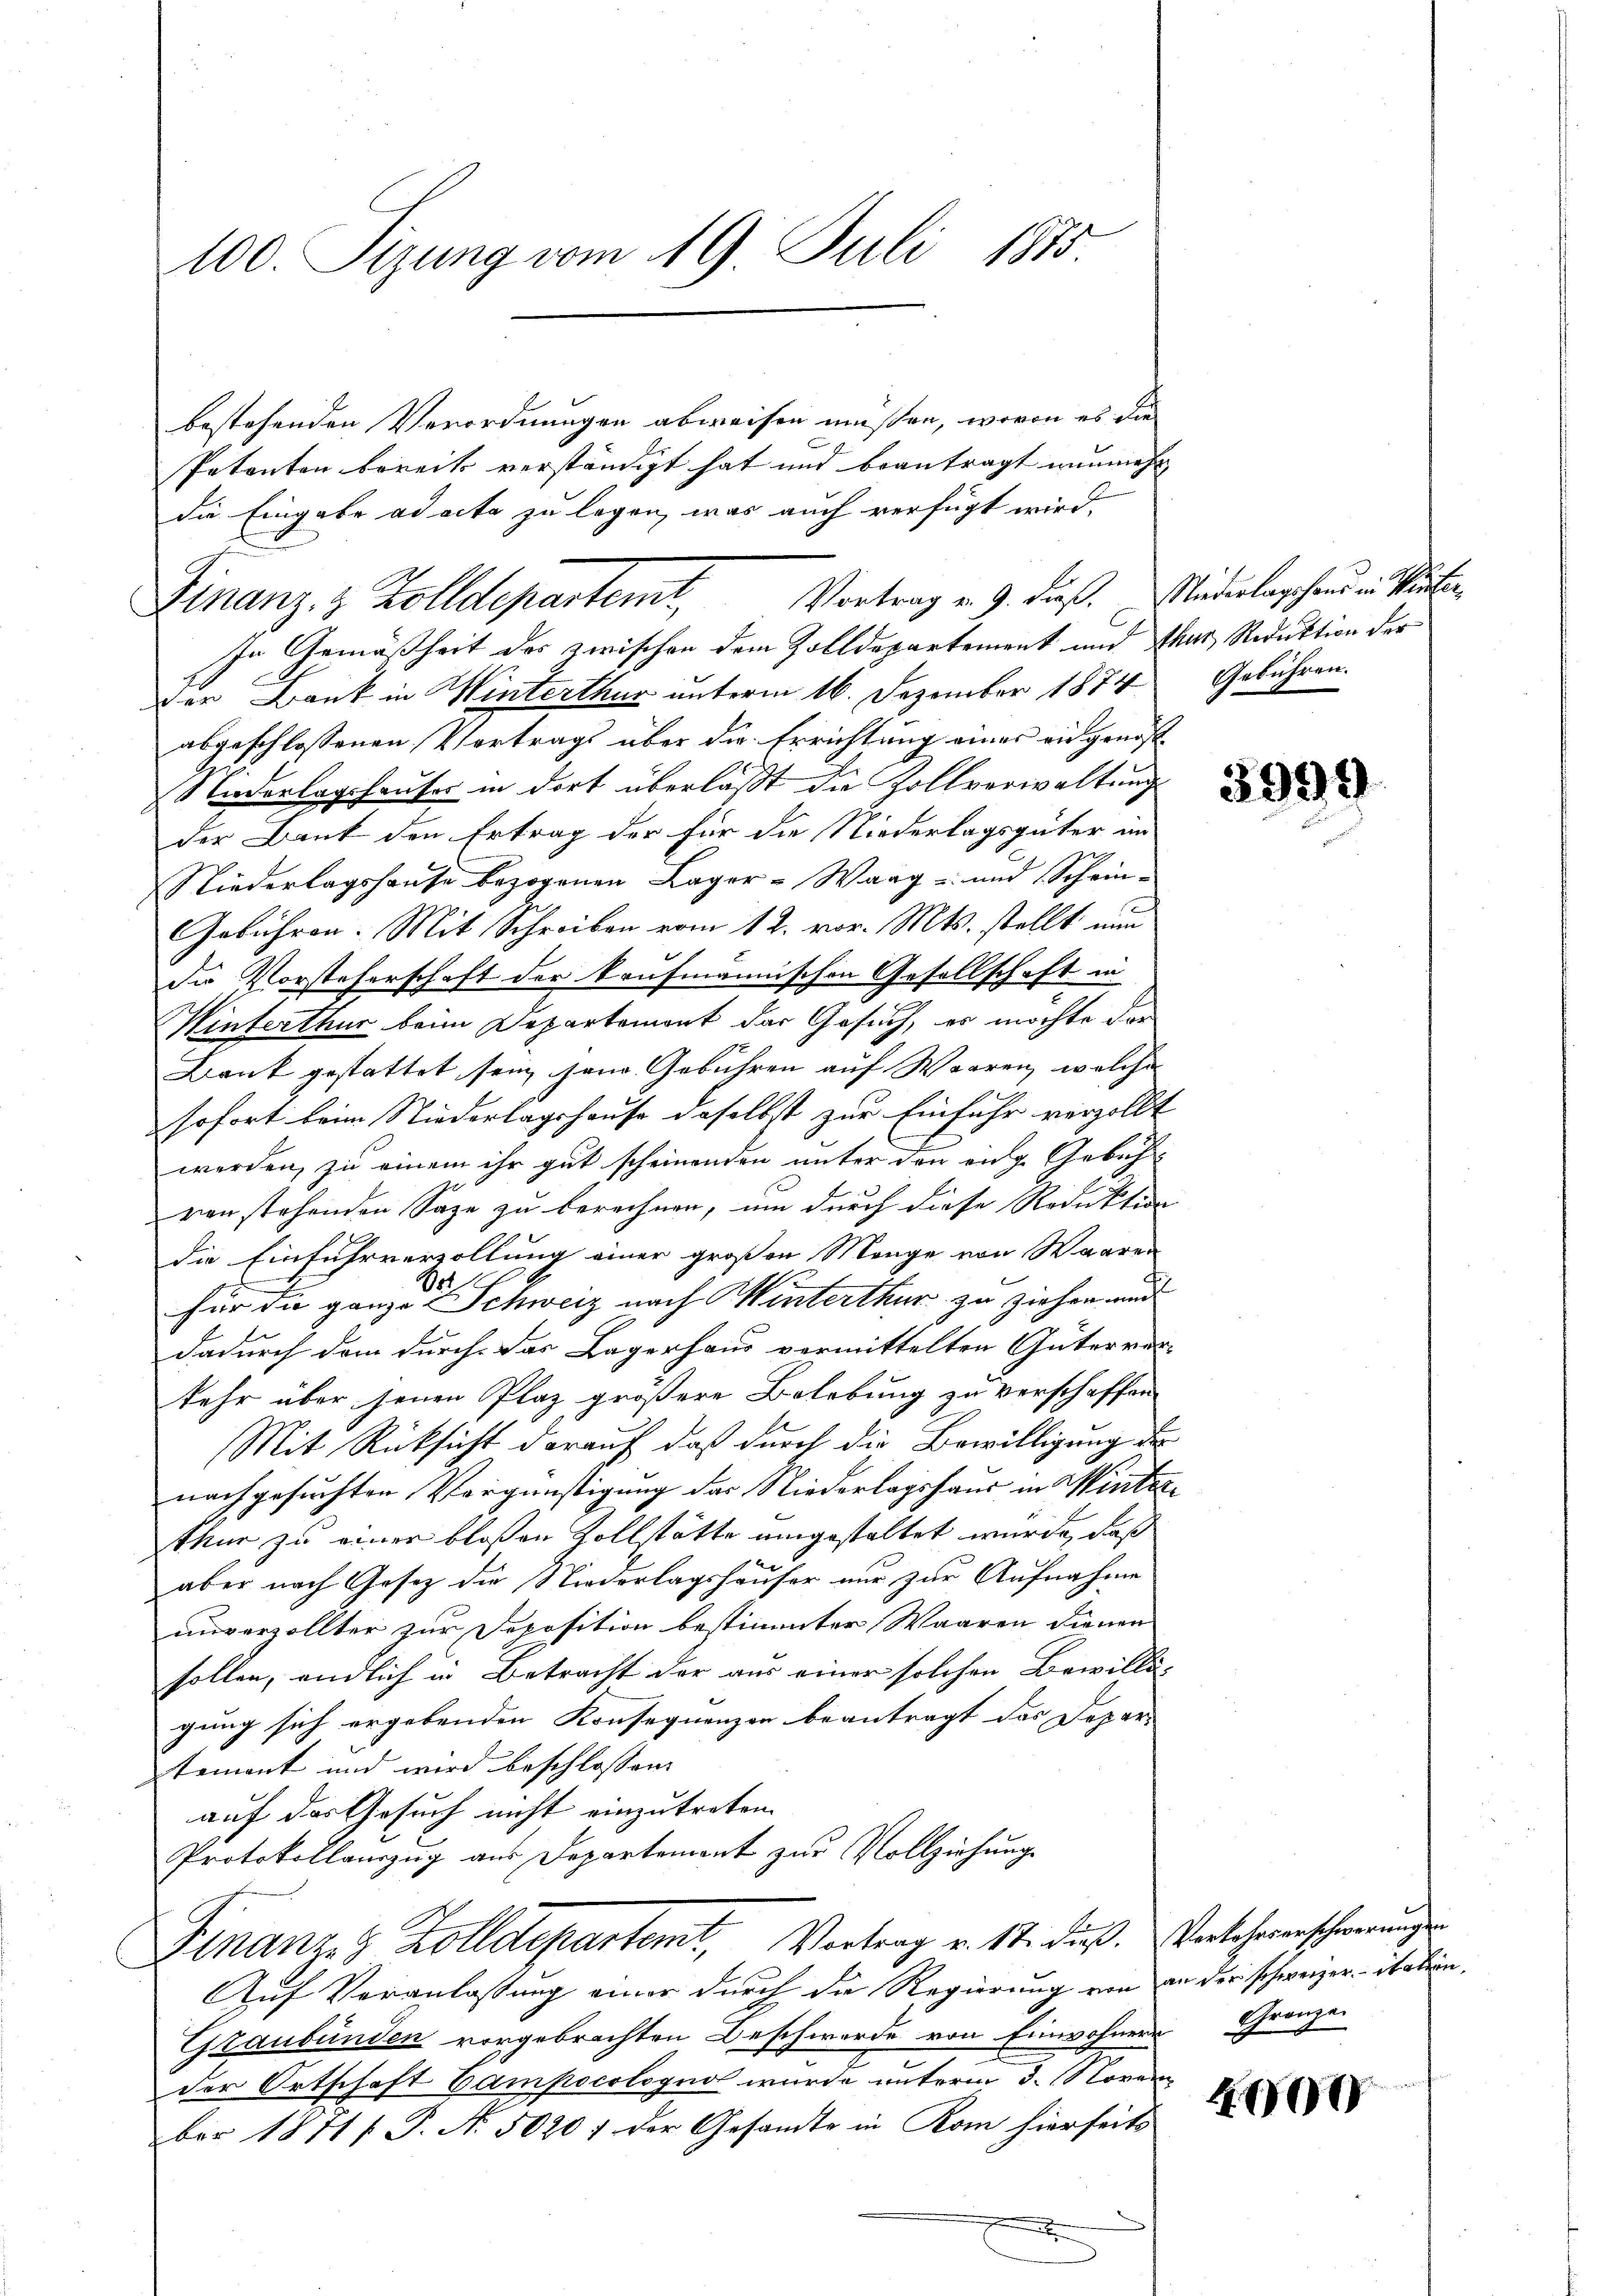
100. Sizung vom 19. Juli 1875

bestehenden Verordnungen abweisen müssen, wovon es die
Petenten bereits verständigt hat und beantragt nunmehr
die Eingabe ad acta zu legen, was auch verfügt wird.
In Gemäßheit des zwischen dem Zolldepartement und thur, Reduktion der
der Bank in Winterthur unterm 16. Dezember 1874 Gebühren.
abgeschlossenen Vortrags über die Errichtung eines ein genos-
Niederlagshauter in dort überlaßt die Zollverwaltung
der Bank den Ertrag der für die Niederlagsgüter im
Niederlagshause bezogenen Lager-Waag- und Schein-
Gebühren. Mit Schreiben vom 12. vor. Mts. stellt nun
die Vorsteherschaft der kaufmännischen Gesellschaft in
Winterthur beim Departemont der Gesuch, es möchte der
Bank gestattet sein jene Gebühren auf Waaren, welche
sofort beim Niederlagshause daselbst zur Einfuhr verzollt
werden, zu einem ihr gut scheinenden unter den eige Gebühvenstehenden Sage zu berechnen, um durch diese Reduktion
die Einfuhrverzollung einer großen Menge von Waaren
et
für die ganze Schweiz nach Winterthur zu ziehen und
dadurch dem durch das Lagerhaus vermittelten Güterver-
kehr über jenen Plaz größere Belebung zu verschaffen
Mit Rücksicht darauf daß durch die Bewilligung der
nachgesuchten Vergünstigung des Niederlagshaus in Winterthur zu einer bloßen Zollstätte umgestaltet wurde, daß
aber nach Gesetz die Niederlagshäuser nur zur Aufnahme
unverzollter zur Deposition bestimmter Waaren dienen
sollen, endlich in Betracht der aus einer solchen Bewilli-
gung sich ergebenden Konsequenzen beantragt das Depar- |
temont und wird beschlossen:
auf das Gesuch nicht einzutreten. |
Protokollauszug aus Departement zur Vollziehung
Finanze Zolldepartemt, Vortrag v. 17. dieß, Verlehererschwerung
Auf Veranlassung einer durch die Regierung von an der schweizer italien,
Graubünden vorgebrachten Beschwerde von Einwohner Grenze
der Ortschaft Campecolognol wurde unterm 3. Novem
ber 1871 / P. Nr. 50207 der Gesandte in Rom hierseits
a

Finanz- & Zolldepartemt, Vortrag v. 9. dieß. Mäderlangehend in Sauten

3999

400